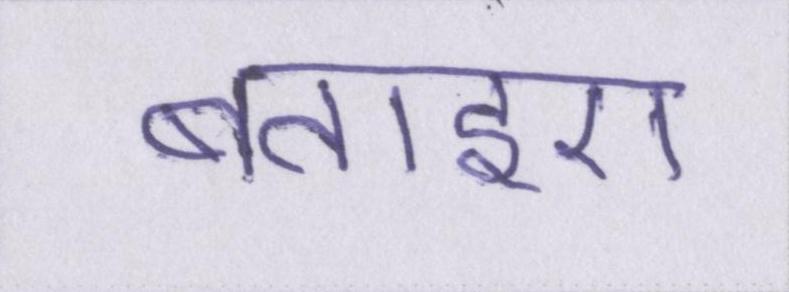
बताइए